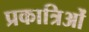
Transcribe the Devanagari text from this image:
प्रकात्रिओं